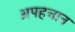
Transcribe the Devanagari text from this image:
अपहचान